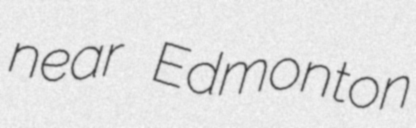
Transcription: near Edmonton